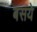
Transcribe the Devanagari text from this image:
बसये